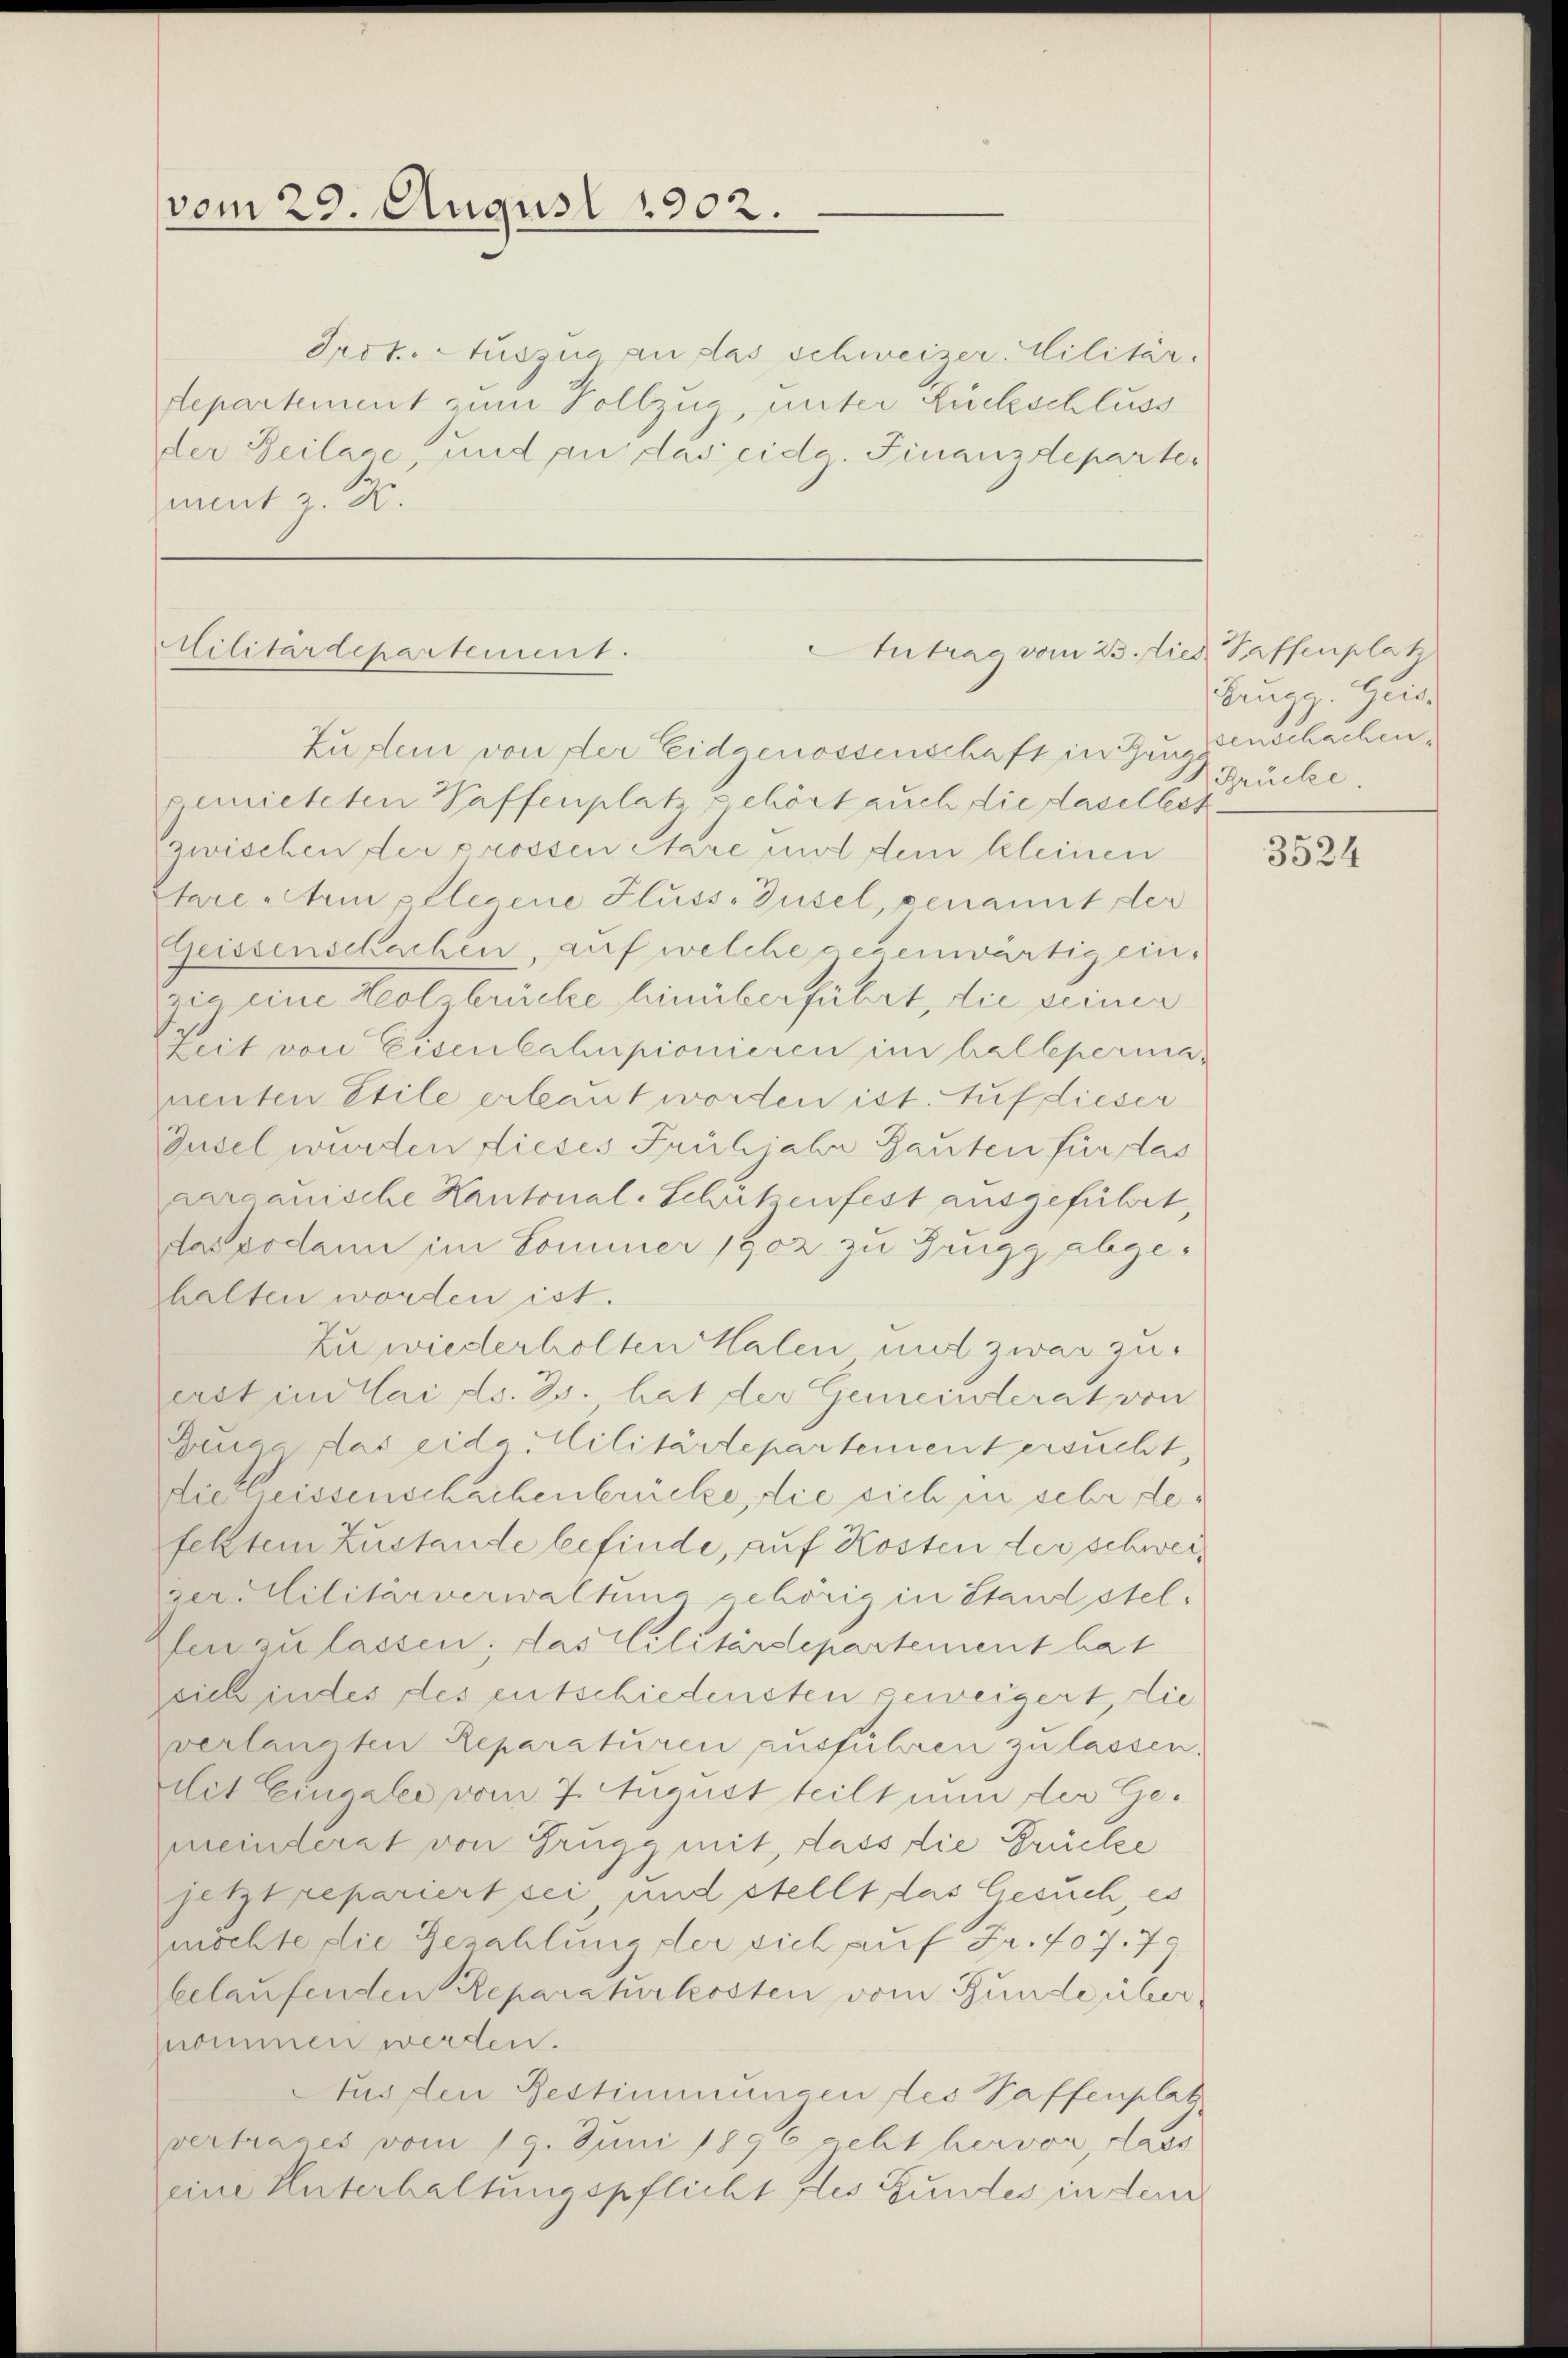
vom 29. August 1902.

Prot. Auszug an das Schweizer. Militär.
departement zum Vollzug unter Rückschluss
der Beilage, und an das eidg. Finanzdeparter
mnent z. B.

Militärdepartement.

Autrag vom 23. die Taffenplat
Zudem von der Eidgenossenschaft in Zeugenschachen,

Brugg Geis
Grücke.

gemieteten Taffenplatz gehört auch die dasellet
zwischen der prossen Stare mit dem kleinen
Stare Atem pllecene Fluss. Gusel, genant der
Geissenschachen, auf welche gegenwärtig ein.
zie eine Holbrücke hinüberführt, die seiner
Zeit von Eisenbahnpionieren im halbepermamenten Etile erlaut worden ist. Auf dieser
Gusel wurden dieses Frühjahr Gauten für das
aargauische Kantonal-Scheit eifest ausgeführet
das sodann im Sommer 1902 zu Grugg abgehalten worden ist.
Zuwiederholten Kalen und zwar zuerstins lai d. Js. hat der Gemeinterat von
Zeuga das eide Militärtepartement ersucht,
die Kreissenschachenbrücke, die sich in sehr defeltem Zustande befinde, auf Kosten der schweiz
ger Militärverwaltung gehörig in Stand stel-
fen zu lassen; das Cilitärdepartement hat
sich indes des entschiedensten geweigert, die
verlangten Reparaturen ausführen zu lassen.
dit Einsale vom 7. August teilt nun der Ge-
meinderat von Grugg mit, dass die Grücke
jetztrepariert sei, und stellt, das Gesuch, es
möchte die Gezahlung der sich auf Fr. 407. 7
belaufenden Reparaturkosten vom Bunde über
nommen werden.
Aus den Bestimmungen des Saffenplat
vertrages vom 19. Juni 1896 geht hervor, dass
eine Unterhaltungspflicht des Gundes in dem

3524